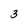
Character: 3